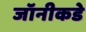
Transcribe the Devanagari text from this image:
जॉनीकडे